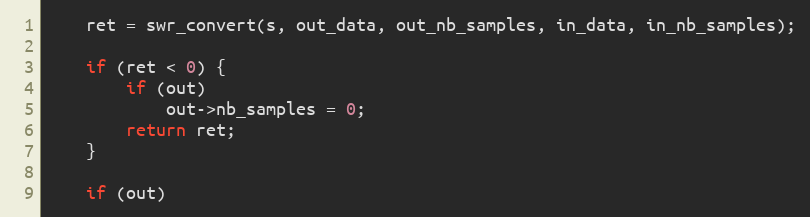
Language: C
    ret = swr_convert(s, out_data, out_nb_samples, in_data, in_nb_samples);

    if (ret < 0) {
        if (out)
            out->nb_samples = 0;
        return ret;
    }

    if (out)